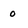
Character: o